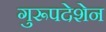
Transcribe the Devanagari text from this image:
गुरूपदेशेन